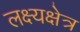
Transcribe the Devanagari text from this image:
लक्ष्यक्षेत्र